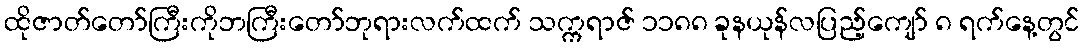
ထိုဇာတ်တော်ကြီးကိုဘကြီးတော်ဘုရားလက်ထက် သက္ကရာဇ် ၁၁၈၈ ခုနယုန်လပြည့်ကျော် ၈ ရက်နေ့တွင်